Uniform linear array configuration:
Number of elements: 4
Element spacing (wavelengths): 0.75
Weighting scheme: exponential
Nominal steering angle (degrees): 30
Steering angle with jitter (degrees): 29.643
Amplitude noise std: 0.05
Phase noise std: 0.05

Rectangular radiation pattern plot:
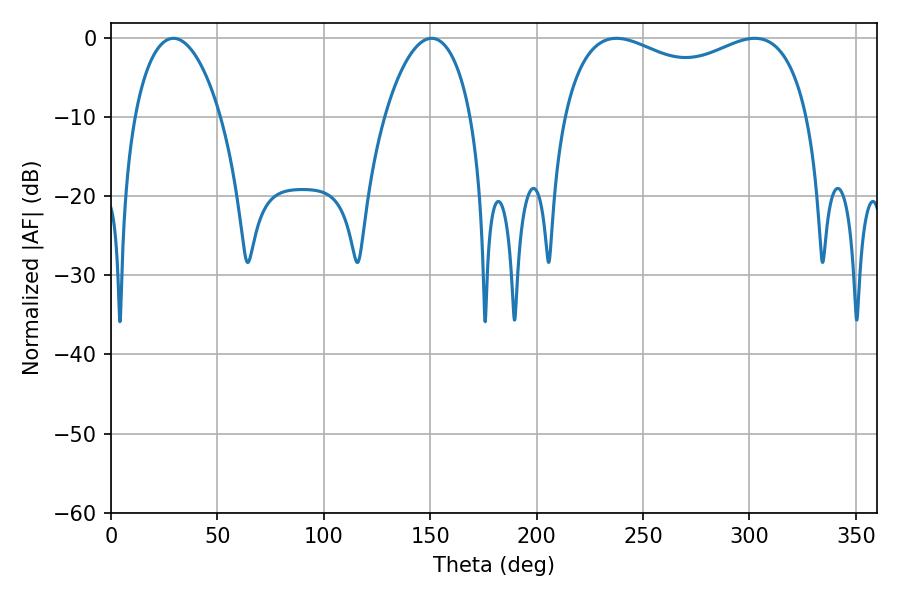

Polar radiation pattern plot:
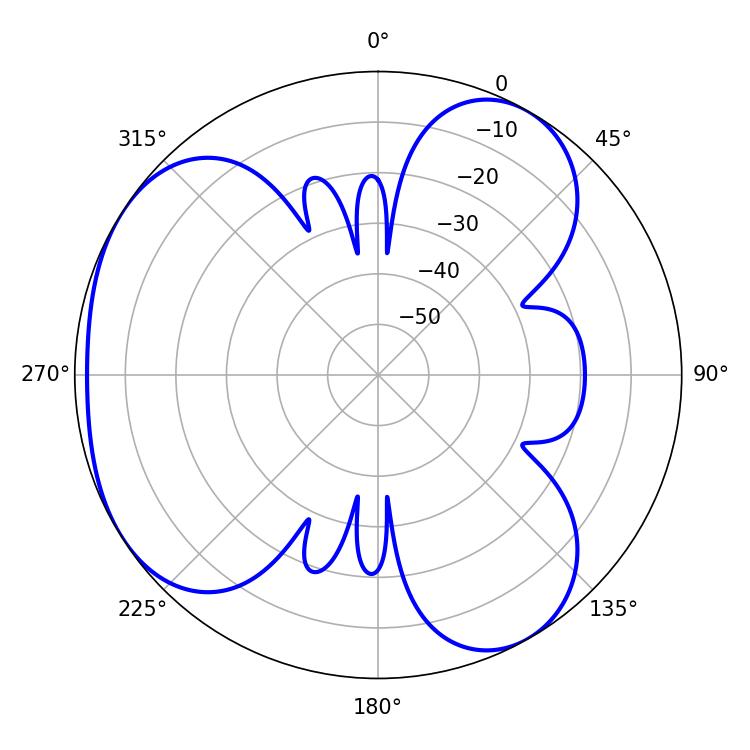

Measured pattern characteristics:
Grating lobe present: TRUE
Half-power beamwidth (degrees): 22.86
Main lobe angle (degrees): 29.34